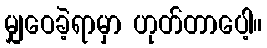
မျှဝေခဲ့ရာမှာ ဟုတ်တာပေါ့။